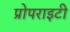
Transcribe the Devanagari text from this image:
प्रोपराइटी